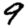
Digit: 9